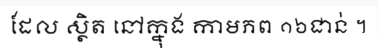
ដែល ស្ថិត នៅក្នុង កាមភព ១៦ជាន់ ។